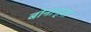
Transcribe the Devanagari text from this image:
बोनान्ज़ा